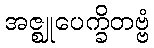
အဇ္ဈုပေက္ခိတဗ္ဗံ